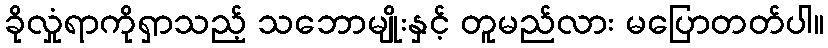
ခိုလှုံရာကိုရှာသည့် သဘောမျိုးနှင့် တူမည်လား မပြောတတ်ပါ။